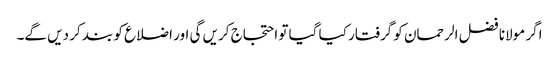
اگر مولانا فضل الرحمان کو گرفتار کیا گیا تو احتجاج کریں گی اور اضلاع کو بند کر دیں گے۔